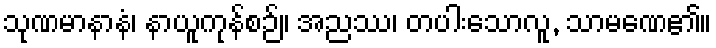
သုဏမာနာနံ၊ နာယူကုန်စဉ်။ အညဿ၊ တပါးသောလူ, သာမဏေ၏။